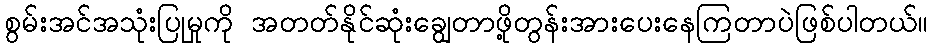
စွမ်းအင်အသုံးပြုမှုကို အတတ်နိုင်ဆုံးချွေတာဖို့တွန်းအားပေးနေကြတာပဲဖြစ်ပါတယ်။